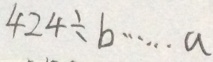
4 2 4 \div b \cdots a